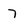
Character: 7